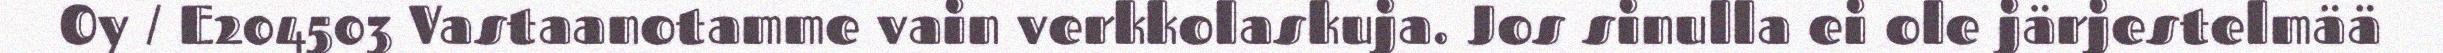
Oy / E204503 Vastaanotamme vain verkkolaskuja. Jos sinulla ei ole järjestelmää